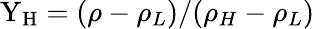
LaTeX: \mathrm{Y_{H}}=(\rho-\rho_{L})/(\rho_{H}-\rho_{L})